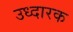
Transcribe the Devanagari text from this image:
उध्दारक